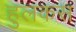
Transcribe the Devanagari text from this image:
हुलकस